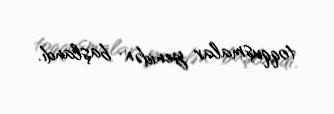
toqquşmalar yenidən başlandı.